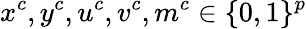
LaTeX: x^{c},y^{c},u^{c},v^{c},m^{c}\in\{ 0,1\} ^{p}